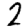
Digit: 2